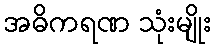
အဓိကရဏ သုံးမျိုး